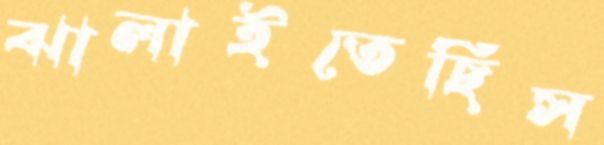
ঝালাইতেছিস